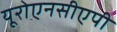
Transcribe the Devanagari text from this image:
यूरोएनसीएपी